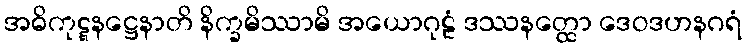
အဓိကုဋ္ဋနဋ္ဌေနာတိ နိက္ခမိဿာမိ အယောဂုဠံ ဒဿနတ္ထော ဒေဝဒဟနဂရံ